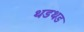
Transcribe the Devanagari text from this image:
थडथड